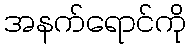
အနက်ရောင်ကို